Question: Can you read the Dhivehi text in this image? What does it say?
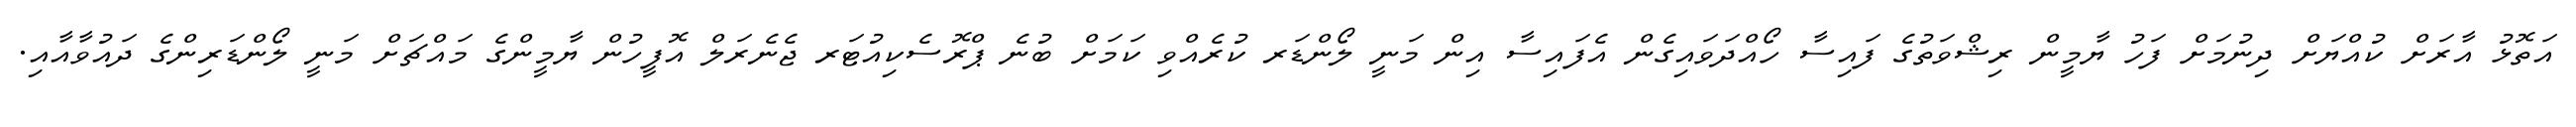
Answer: އަތޮޅު އާރަށް ކުއްޔަށް ދިނުމަށް ފަހު ޔާމީން ރިޝްވަތުގެ ފައިސާ ހޯއްދަވައިގެން އެފައިސާ އިން މަނީ ލޯންޑަރ ކުރެއްވި ކަމަށް ބުނެ ޕްރޮސެކިއުޓަރ ޖެނެރަލް އޮފީހުން ޔާމީންގެ މައްޗަށް މަނީ ލޯންޑަރިންގެ ދައުވާއާއި.